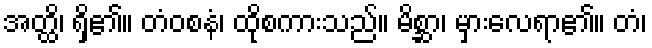
အတ္ထိ၊ ရှိ၏။ တံဝစနံ၊ ထိုစကားသည်။ မိစ္ဆာ၊ မှားလေရာ၏။ တံ၊